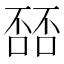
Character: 𫫘